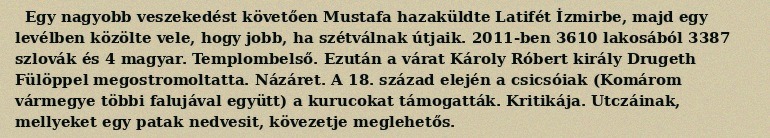
Egy nagyobb veszekedést követően Mustafa hazaküldte Latifét İzmirbe, majd egy levélben közölte vele, hogy jobb, ha szétválnak útjaik. 2011-ben 3610 lakosából 3387 szlovák és 4 magyar. Templombelső. Ezután a várat Károly Róbert király Drugeth Fülöppel megostromoltatta. Názáret. A 18. század elején a csicsóiak (Komárom vármegye többi falujával együtt) a kurucokat támogatták. Kritikája. Utczáinak, mellyeket egy patak nedvesit, kövezetje meglehetős.